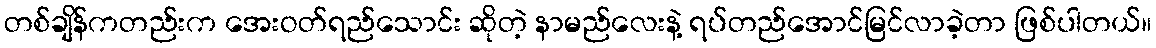
တစ်ချိန်ကတည်းက အေးဝတ်ရည်သောင်း ဆိုတဲ့ နာမည်လေးနဲ့ ရပ်တည်အောင်မြင်လာခဲ့တာ ဖြစ်ပါတယ်။